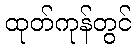
ထုတ်ကုန်တွင်